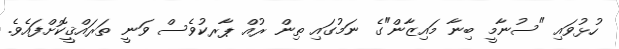
ހުޅުވައި "ސުނާމީ ބިނާ މައިޒާން"ގެ ނަމުގައި ތިން ރުއް ޕާރކުވެސް ވަނީ ތަރައްޤީކޮށްފައެވެ.